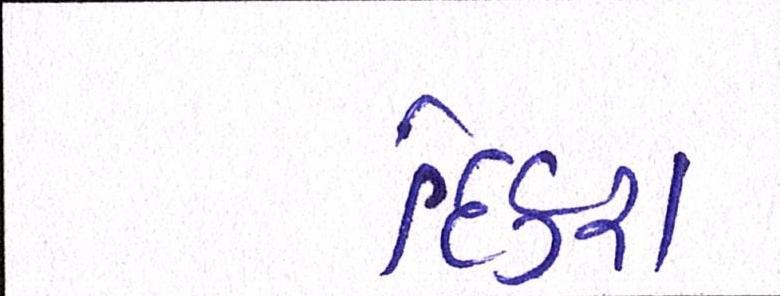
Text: દિકરા